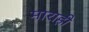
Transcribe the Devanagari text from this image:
माराही